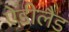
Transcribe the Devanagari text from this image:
ऐडीलैड